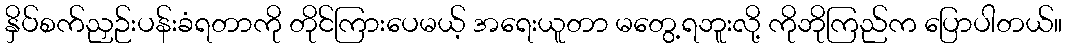
နှိပ်စက်ညှဉ်းပန်းခံရတာကို တိုင်ကြားပေမယ့် အရေးယူတာ မတွေ့ရဘူးလို့ ကိုဘိုကြည်က ပြောပါတယ်။